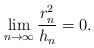
\begin{align*}\lim_{n\to \infty} \frac{r_n^2}{h_n} = 0 . \end{align*}